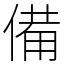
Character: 備